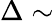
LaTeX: \Delta\sim